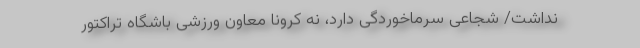
نداشت/ شجاعی سرماخوردگی دارد، نه کرونا معاون ورزشی باشگاه تراکتور